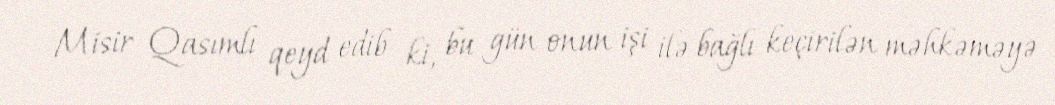
Misir Qasımlı qeyd edib ki, bu gün onun işi ilə bağlı keçirilən məhkəməyə